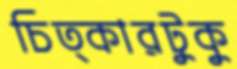
চিত্কারটুকু